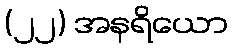
(၂၂) အနရိယော